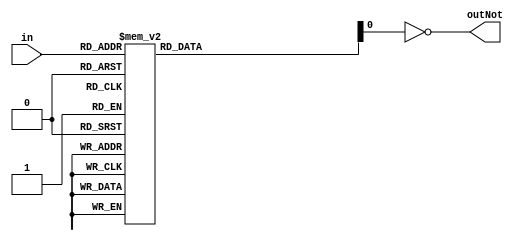
module hex_to_seven_seg(in, outNot);
	input[3:0]in;
	output outNot;

	wire outNot = ~out;
	reg [6:0]out;
	
	always @ (in) begin 
		case (in)
		4'h0: out <= 7'b0111111;
		4'h1: out <= 7'b0000110;
		4'h2: out <= 7'b1011011;
		4'h3: out <= 7'b1001111;
		4'h4: out <= 7'b1100110;
		4'h5: out <= 7'b1101101;
		4'h6: out <= 7'b1111101;
		4'h7: out <= 7'b0000111;
		4'h8: out <= 7'b1111111;
		4'h9: out <= 7'b1101111;
		4'hA: out <= 7'b1110111;
		4'hB: out <= 7'b1111100;
		4'hC: out <= 7'b0111001;
		4'hD: out <= 7'b1011110;
		4'hE: out <= 7'b1111001;
		4'hF: out <= 7'b1110001;
		endcase 
	end 
endmodule